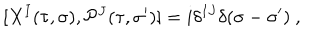
[ X ^ { I } ( \tau , \sigma ) , { \cal P } ^ { J } ( \tau , \sigma ^ { \prime } ) ] = i \delta ^ { I J } \delta ( \sigma - \sigma ^ { \prime } ) ~ ,